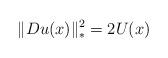
LaTeX: \begin{align*} \|Du(x)\|_*^2=2U(x)\end{align*}